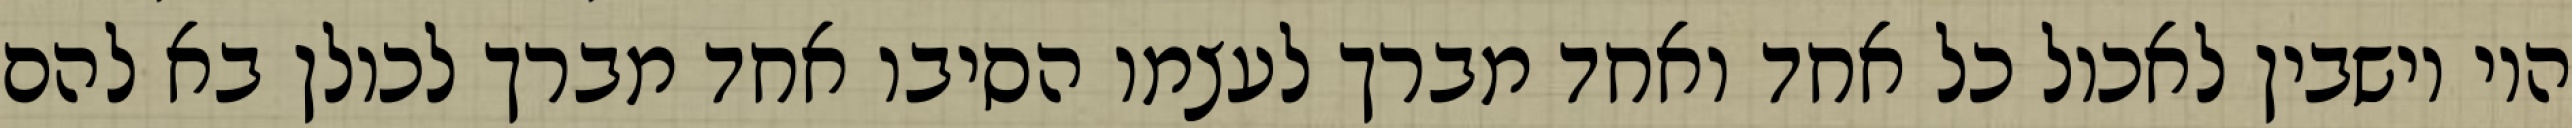
היו יושבין לאכול כל אחד ואחד מברך לעצמו הסיבו אחד מברך לכולן בא להם